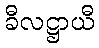
ခီလဋ္ဌာယီ